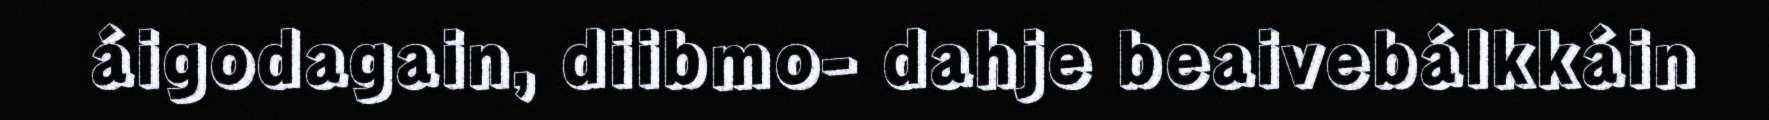
áigodagain, diibmo- dahje beaivebálkkáin